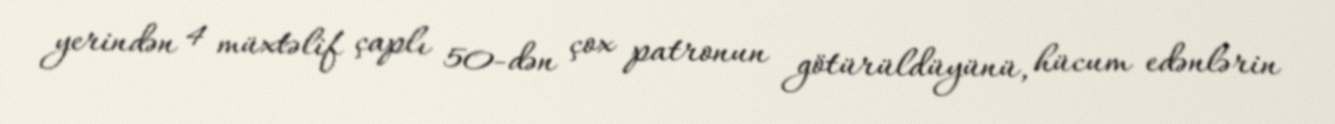
yerindən 4 müxtəlif çaplı 50-dən çox patronun götürüldüyünü, hücum edənlərin